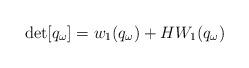
LaTeX: \begin{align*}\mathrm{det}[q_{\omega}]=w_1(q_{\omega})+HW_1(q_{\omega})\end{align*}